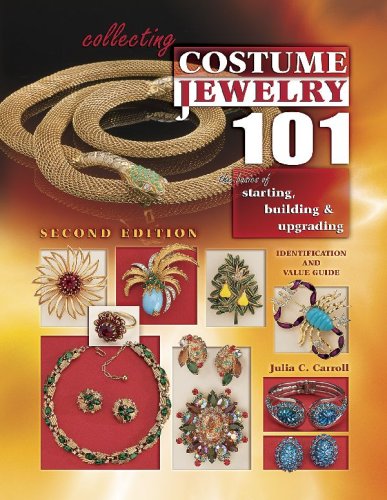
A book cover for Collecting Costume Jewelry 101: Basics of Starting, Building & Upgrading, Identification and Value Guide, 2nd Edition; Julia C. Carroll; Crafts, Hobbies & Home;